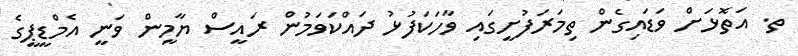
ތ. އަތޮޅަށް ވަޑައިގެން ތިމަރަފުށީގައި ވާހަކަފުޅު ދައްކަވަމުން ރައީސް ޔާމީން ވަނީ އެމްޑީޕީގެ